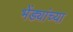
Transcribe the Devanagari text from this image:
भेंड्यांच्या